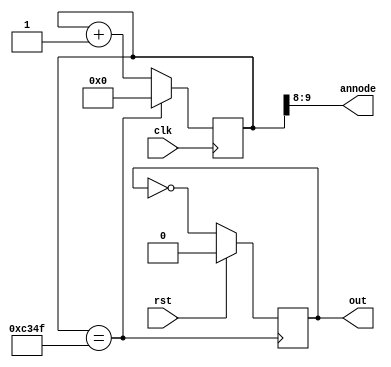
`timescale 1ns / 1ps

module clkdivider(
    input clk,
    input rst,
    output reg out,
    //output [9:0] rand,
    output [1:0] annode
   // output [15:0] random
    );
    
    
    localparam terminalcount1 = (50000 - 1);
    reg [15:0] count;
    //reg [9:0] rand;
    //reg clk2;
    wire tc;
    
    assign tc = (count == terminalcount1);
    
    //assign random = count[15:0];
    
    always@(posedge(clk))
    begin
        if(tc)
            count <= 0;
        else
        count <= count + 1;
    end
    
    
    always@(posedge(tc))
    begin
    if(rst)
        out <= 0;
    else 
        out <= !out;
    end
    assign annode = count [9:8];
    
endmodule